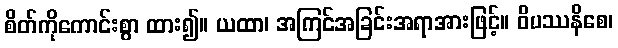
စိတ်ကိုကောင်းစွာ ထား၍။ ယထာ၊ အကြင်အခြင်းအရာအားဖြင့်။ ဝိပဿနိစေ၊